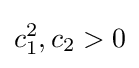
c_{1}^{2},c_{2}>0